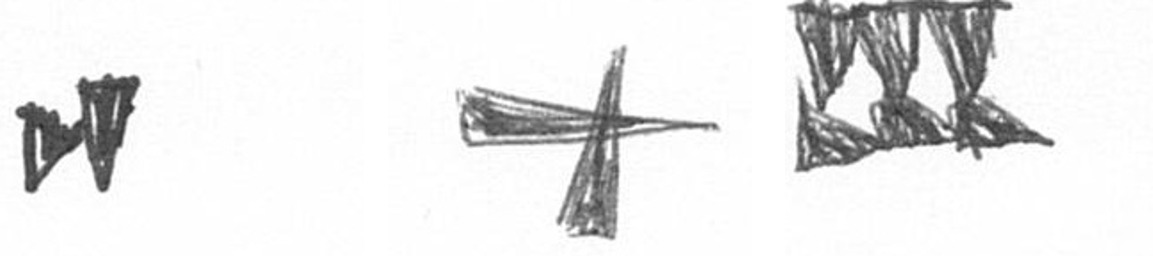
M G D